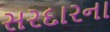
સરદારના